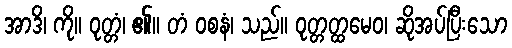
အာဒိ၊ ကို။ ဝုတ္တံ၊ ၏။ တံ ဝစနံ၊ သည်။ ဝုတ္တတ္ထမေဝ၊ ဆိုအပ်ပြီးသော